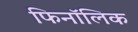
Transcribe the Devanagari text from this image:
फिनॉलिक